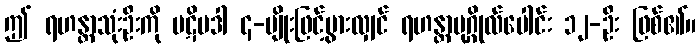
ဤ ရဟန္တာသုံးဦးကို ပဋိပဒါ ၄-မျိုးဖြင့်ပွားလျှင် ရဟန္တာပုဂ္ဂိုလ်ပေါင်း ၁၂-ဦး ဖြစ်၏။